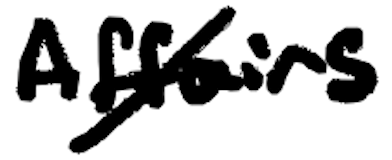
Text: Affairs
Cross-out: diagonal
Writing tool: digital_black